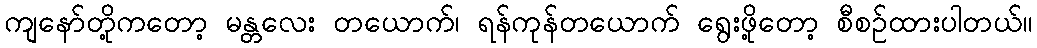
ကျနော်တို့ကတော့ မန္တလေး တယောက်၊ ရန်ကုန်တယောက် ရွေးဖို့တော့ စီစဉ်ထားပါတယ်။